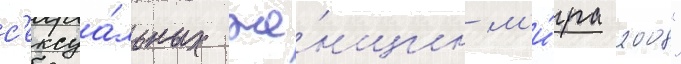
с'ексуа́льных же́нщин м'и́ра 2008"